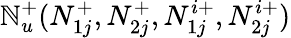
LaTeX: \mathbb{N}_{u}^{+}(N_{1j}^{+},N_{2j}^{+},N_{1j}^{i+},N_{2j}^{i+})